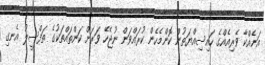
އަނެއްކާ ވެރިއެއްގެ ހައިސިއްޔަތުން ކޮންމެހެން ކުރައްވަން ނުޖެހޭ ވަރަށް ކަންތައްތަކުގެ ތަފްސީލު އެނގި